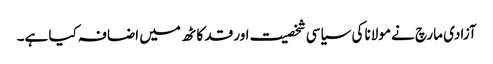
آزادی مارچ نے مولانا کی سیاسی شخصیت اور قد کاٹھ میں اضافہ کیا ہے۔